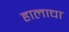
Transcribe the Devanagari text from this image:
हालाचा